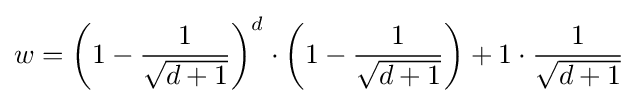
w=\left(1-{\frac {1}{\sqrt {d+1}}}\right)^{d}\cdot \left(1-{\frac {1}{\sqrt {d+1}}}\right)+1\cdot {\frac {1}{\sqrt {d+1}}}